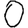
Digit: 0